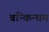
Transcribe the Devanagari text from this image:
बन्किन्घम